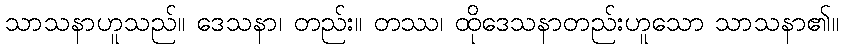
သာသနာဟူသည်။ ဒေသနာ၊ တည်း။ တဿ၊ ထိုဒေသနာတည်းဟူသော သာသနာ၏။